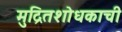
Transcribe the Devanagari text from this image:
मुद्रितशोधकाची